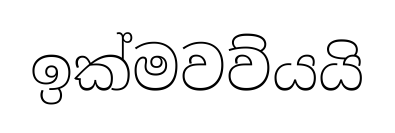
ඉක්මවව්යයි